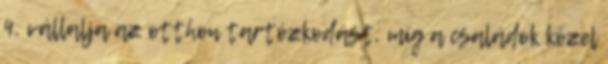
4. vállalja az otthon tartózkodást, míg a családok közel